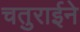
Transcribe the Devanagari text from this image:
चतुराईने